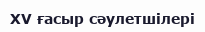
XV ғасыр сәулетшілері